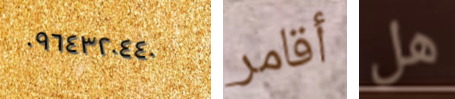
٠٩٦٤٣٢٠٤٤٠ أقامر هل